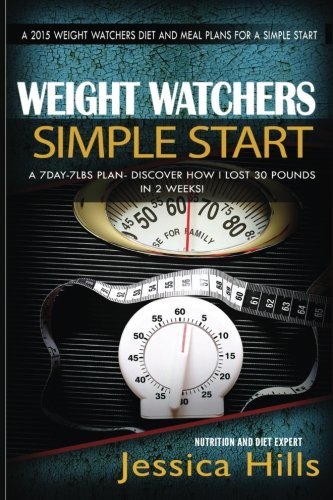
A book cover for Weight Watchers 7Day-7lbs Plan: Discover How I lost 30 Pounds in 2 Weeks Plus 7 Day Meal Plan to Jumpstart Your Weight loss (Weight Watchers Motivational Plan) (Volume 1); Weight Watchers; Health, Fitness & Dieting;